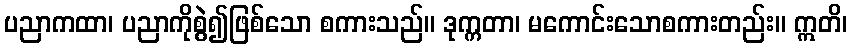
ပညာကထာ၊ ပညာကိုစွဲ၍ဖြစ်သော စကားသည်။ ဒုက္ကတာ၊ မကောင်းသောစကားတည်း။ ဣတိ၊